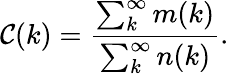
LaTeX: \mathcal{C}(k)=\frac{{\sum_{k}^{\infty}m(k)}}{{\sum_{k}^{\infty}n(k)}}.